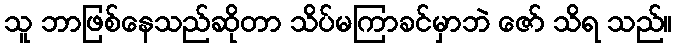
သူ ဘာဖြစ်နေသည်ဆိုတာ သိပ်မကြာခင်မှာဘဲ ဇော် သိရ သည်။